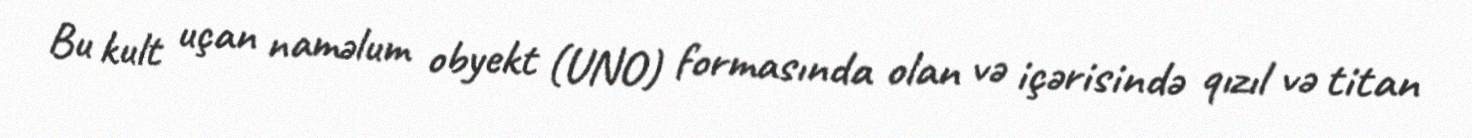
Bu kult uçan naməlum obyekt (UNO) formasında olan və içərisində qızıl və titan